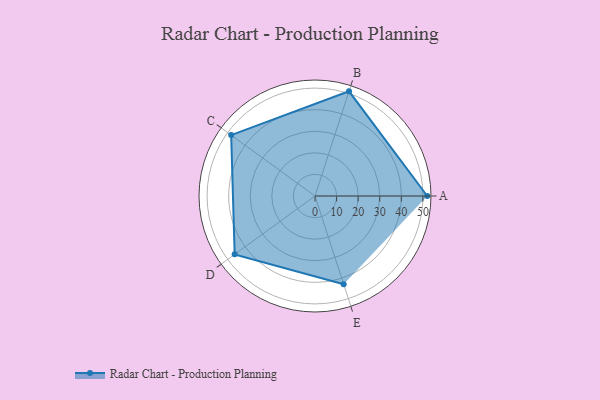
{"axis": {"x": "Skill", "y": "Score"}, "legend": ["Profile"], "data": [{"x": "A", "y": 52.0, "type": "Profile"}, {"x": "B", "y": 51.0, "type": "Profile"}, {"x": "C", "y": 48.0, "type": "Profile"}, {"x": "D", "y": 46.0, "type": "Profile"}, {"x": "E", "y": 43.0, "type": "Profile"}]}